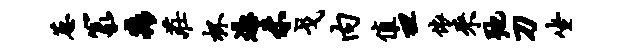
葱篆淼庄杯凭未戈内值袒依来弛刀坐